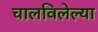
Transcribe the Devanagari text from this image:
चालविलेल्‍या